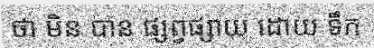
ថា មិន បាន ផ្សព្វផ្សាយ ដោយ ទឹក